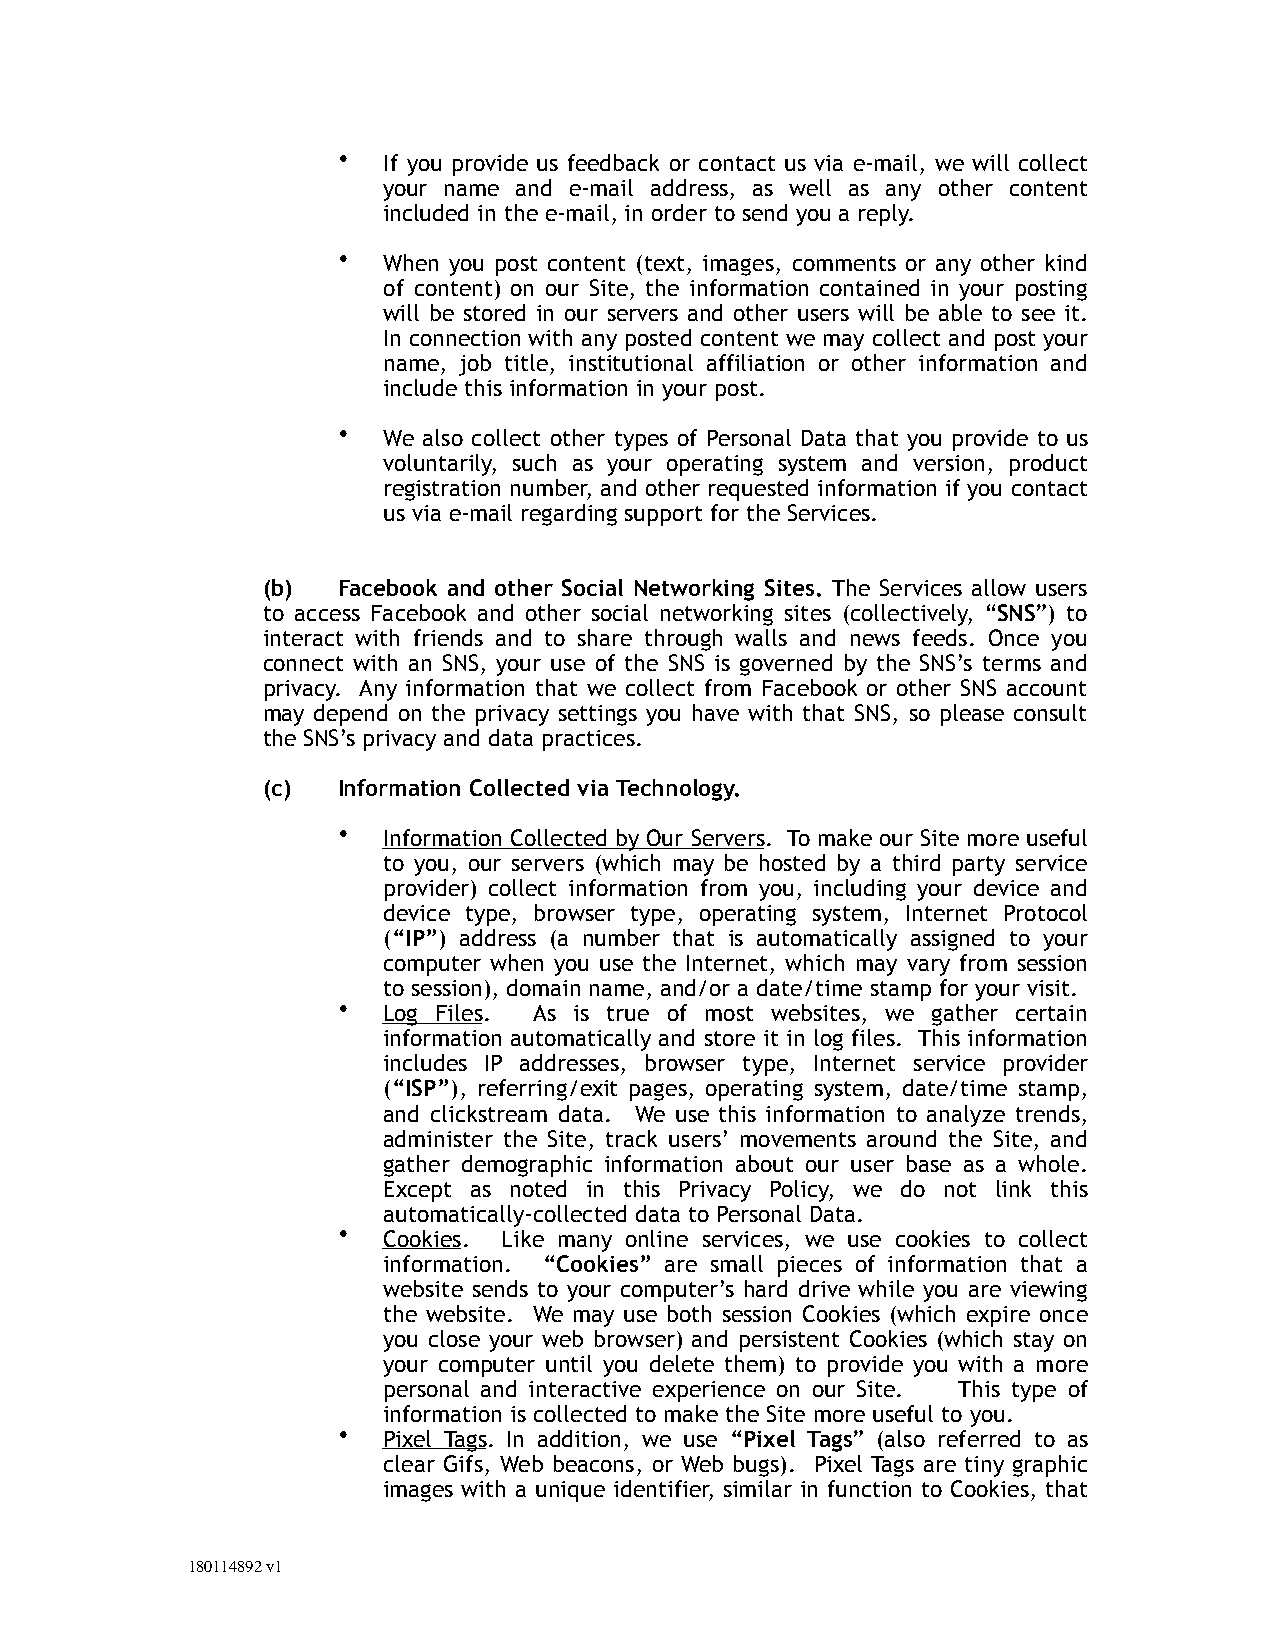
•  If you provide us feedback or contact us via e-mail, we will collect
 your name and e-mail address, as well as any other content
 included in the e-mail, in order to send you a reply.
 •  When you post content (text, images, comments or any other kind
 of content) on our Site, the information contained in your posting
 will be stored in our servers and other users will be able to see it.
 In connection with any posted content we may collect and post your
 name, job title, institutional affiliation or other information and
 include this information in your post.
 •  We also collect other types of Personal Data that you provide to us
 voluntarily, such as your operating system and version, product
 registration number, and other requested information if you contact
 us via e-mail regarding support for the Services.
 (b)  Facebook and other Social Networking Sites. The Services allow users
 to access Facebook and other social networking sites (collectively, “SNS”) to
 interact with friends and to share through walls and news feeds. Once you
 connect with an SNS, your use of the SNS is governed by the SNS’s terms and
 privacy. Any information that we collect from Facebook or other SNS account
 may depend on the privacy settings you have with that SNS, so please consult
 the SNS’s privacy and data practices.
 (c)  Information Collected via Technology.
 •  Information Collected by Our Servers. To make our Site more useful
 to you, our servers (which may be hosted by a third party service
 provider) collect information from you, including your device and
 device type, browser type, operating system, Internet Protocol
 (“IP”) address (a number that is automatically assigned to your
 computer when you use the Internet, which may vary from session
 to session), domain name, and/or a date/time stamp for your visit.
 •  Log Files. As is true of most websites, we gather certain
 information automatically and store it in log files. This information
 includes IP addresses, browser type, Internet service provider
 (“ISP”), referring/exit pages, operating system, date/time stamp,
 and clickstream data. We use this information to analyze trends,
 administer the Site, track users’ movements around the Site, and
 gather demographic information about our user base as a whole.
 Except as noted in this Privacy Policy, we do not link this
 automatically-collected data to Personal Data.
 •  Cookies. Like many online services, we use cookies to collect
 information. “Cookies” are small pieces of information that a
 website sends to your computer’s hard drive while you are viewing
 the website. We may use both session Cookies (which expire once
 you close your web browser) and persistent Cookies (which stay on
 your computer until you delete them) to provide you with a more
 personal and interactive experience on our Site. This type of
 information is collected to make the Site more useful to you.
 •  Pixel Tags. In addition, we use “Pixel Tags” (also referred to as
 clear Gifs, Web beacons, or Web bugs). Pixel Tags are tiny graphic
 images with a unique identifier, similar in function to Cookies, that
 180114892 v1